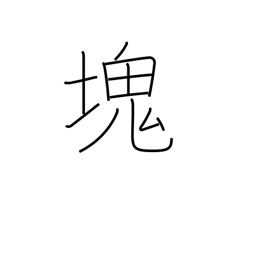
Meaning: clot